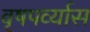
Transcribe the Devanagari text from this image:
वृषपर्व्यास